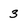
Character: 3